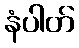
နံပါတ်